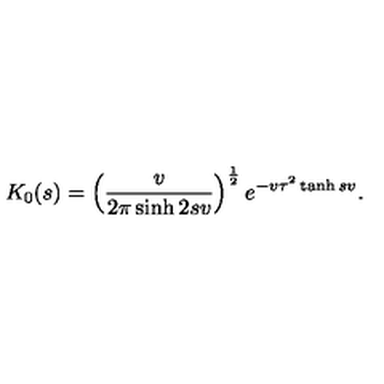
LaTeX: K _ { 0 } ( s ) = \left( \frac { v } { 2 \pi \sinh 2 s v } \right) ^ { \frac 1 2 } e ^ { - v \tau ^ { 2 } \tanh s v } .